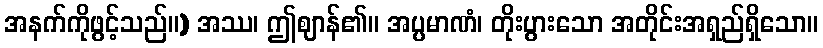
အနက်ကိုဖွင့်သည်။) အဿ၊ ဤဈာန်၏။ အပ္ပမာဏံ၊ တိုးပွားသော အတိုင်းအရှည်ရှိသော။